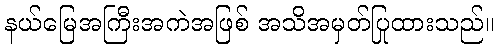
နယ်မြေအကြီးအကဲအဖြစ် အသိအမှတ်ပြုထားသည်။